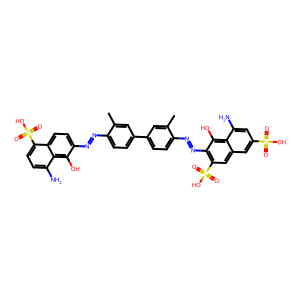
SMILES: Cc1cc(-c2ccc(N=Nc3c(S(=O)(=O)O)cc4cc(S(=O)(=O)O)cc(N)c4c3O)c(C)c2)ccc1N=Nc1ccc2c(S(=O)(=O)O)ccc(N)c2c1O
Inhibits HIV replication: No